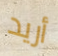
أريد